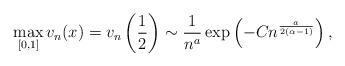
LaTeX: \begin{align*}\max_{[0,1]}v_n(x)=v_n\left(\frac{1}{2}\right)\sim\frac{1}{n^a}\exp\left(-Cn^{\frac{a}{2(\alpha-1)}}\right),\end{align*}